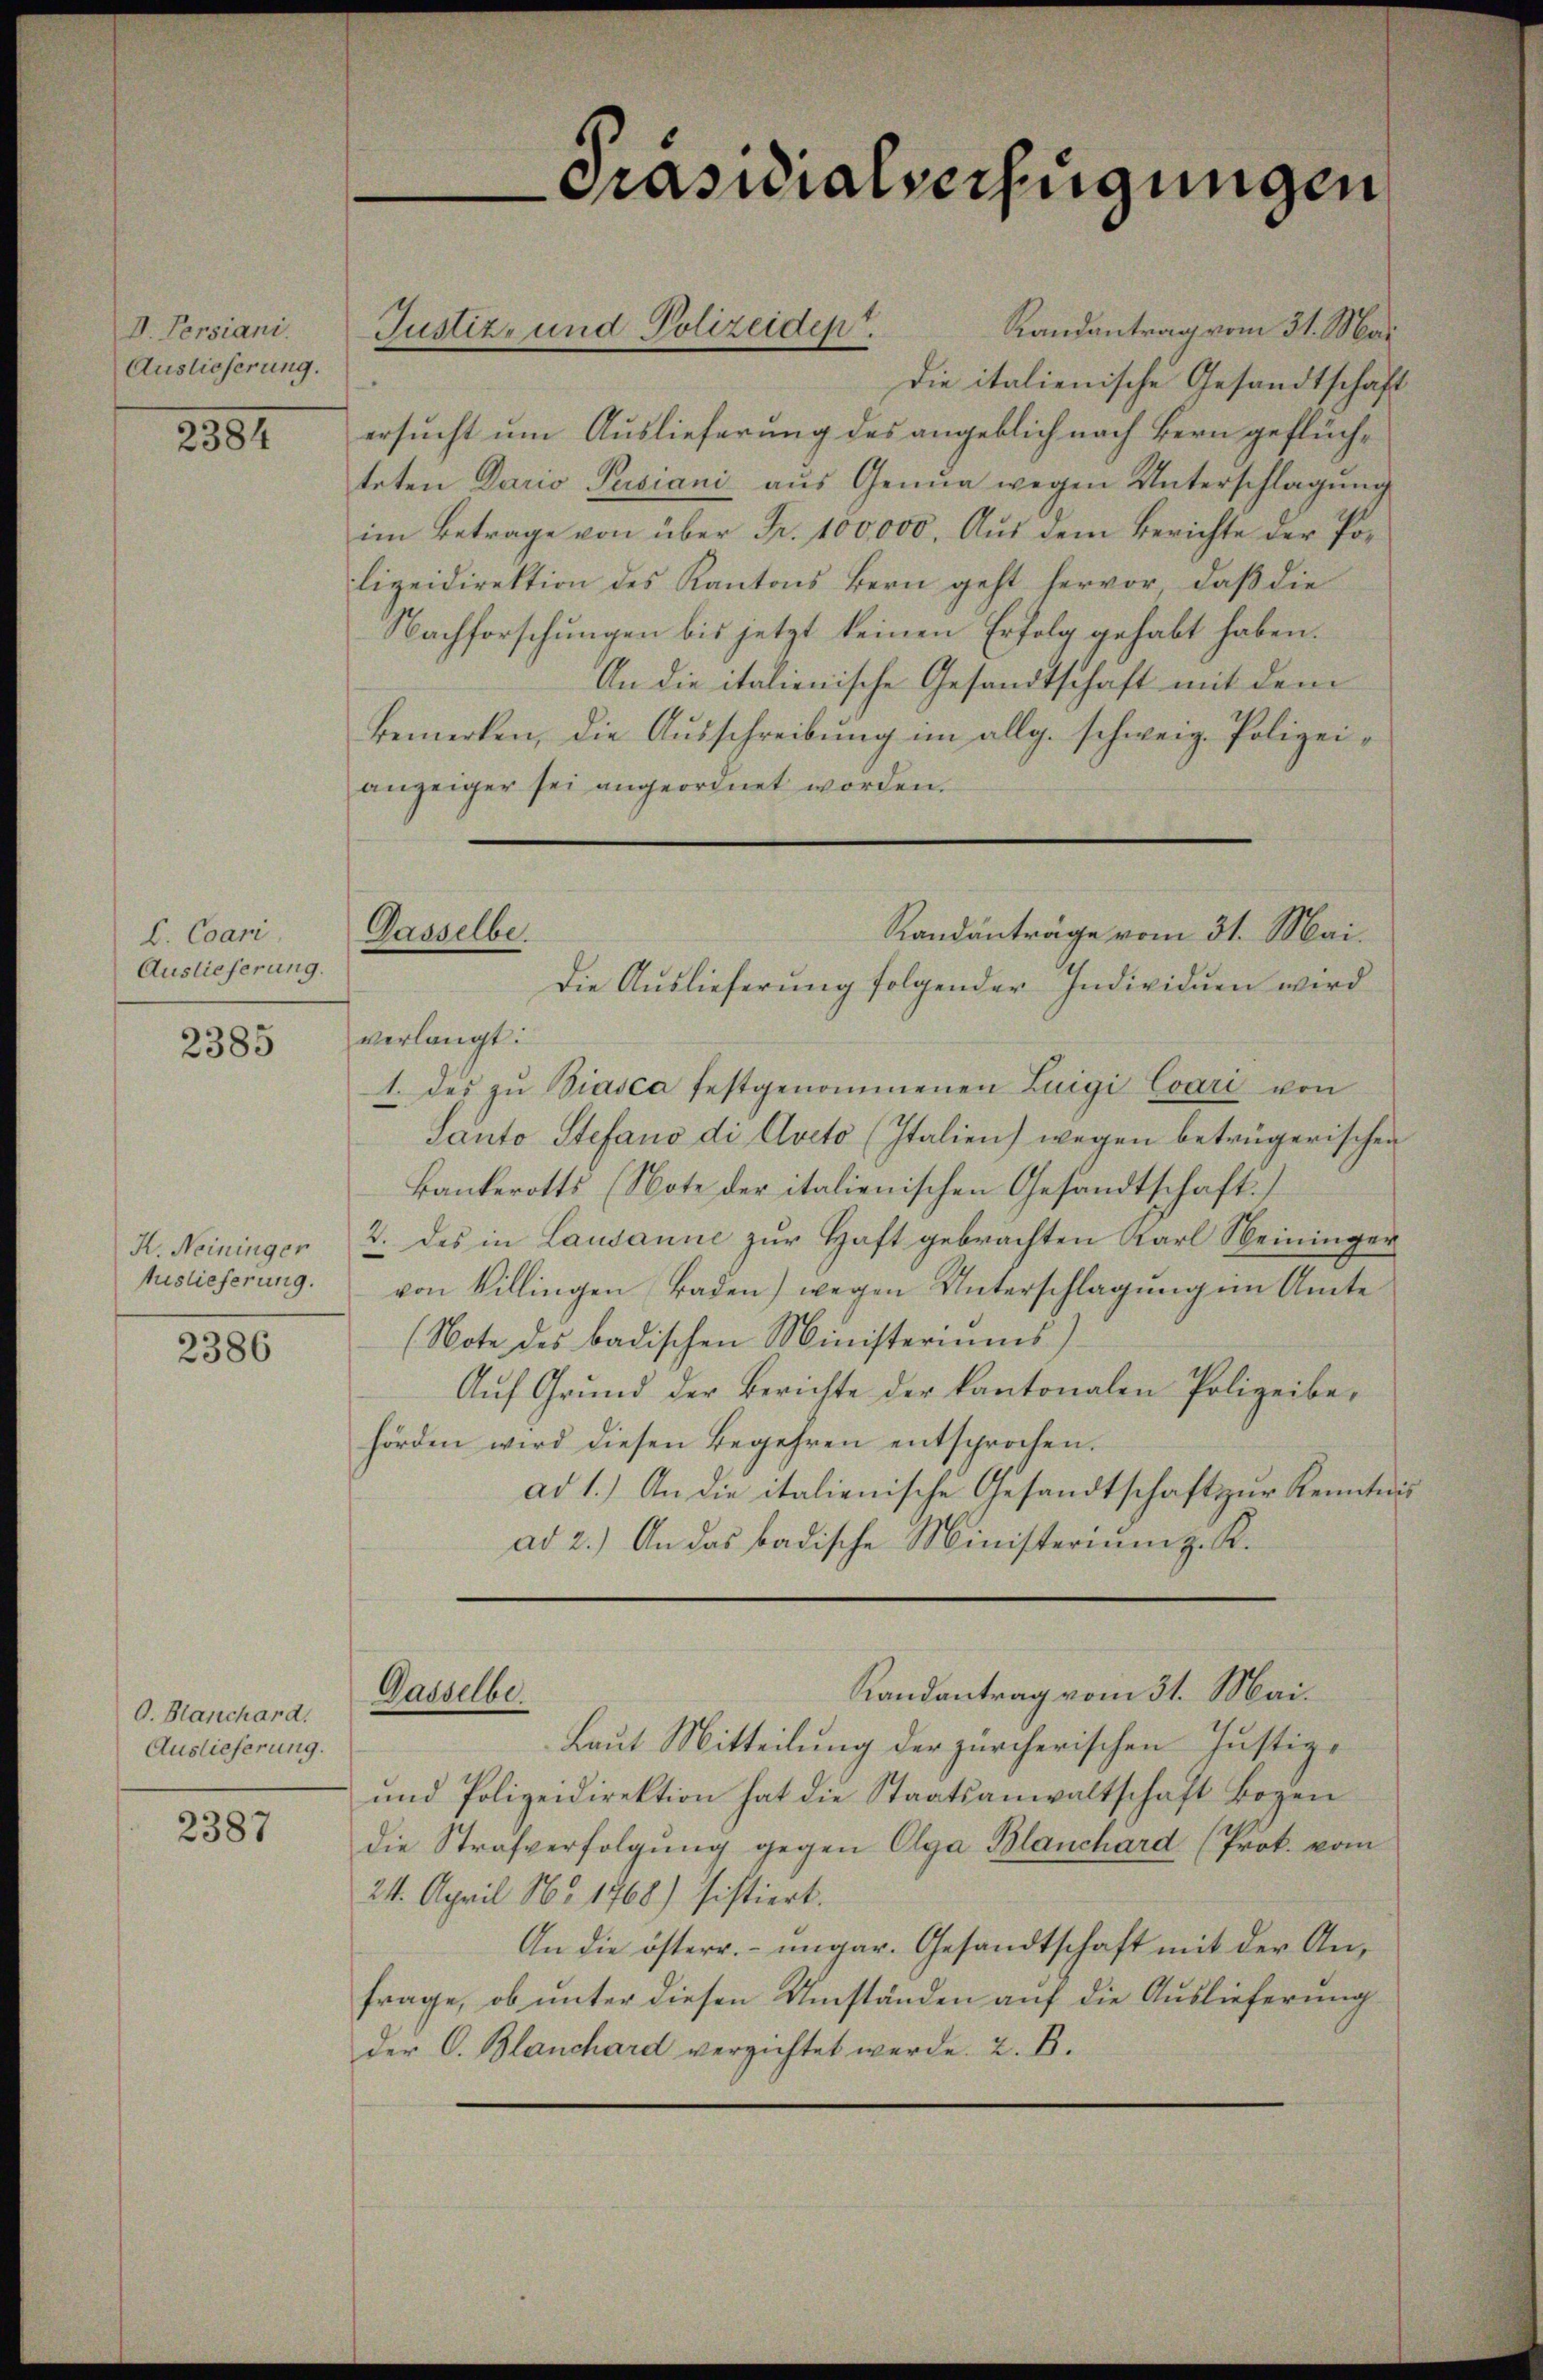
V. Persiani.
Auslieferung.

2384

b. Coari.
Auslieferung.

2385

K. Neininger
Auslieferung.

2386

O. Hanchard.
Auslieferung.

2387

Randantrag vom 31. Mai
Die italienische Gesandtschaft
ersucht um Auslieferung des angeblich nach Bern geflüchteten Dario Pusiani aus Genua wegen Unterschlagung
im Betrage von über Fr. 100,000. Aus dem Berichte der Polizeidirektion des Kantons Bern geht hervor, daß die
Nachforschungen bis jetzt keinen Erfolg gehabt haben.
An die italienische Gesandtschaft mit dem
Bemerken, die Ausschreibung im allg. schweiz. Polizeianzeiger sei angeordnet worden.
Die Auslieferung folgender Individuen werd
verlangt:
1. des zŭ Biasca festgenommenen Luigi Cvari von
Santo Stefano di Aveto (Italien) wegen betrügerischen
Bankerotts (Note der italienischen Gesandtschaft.
2. des in Lausanne zur Haft gebrachten Karl Weininger
von Villingen Baden) wegen Unterschlagung im Amte
(Note des badischen Ministeriums
Aŭf Grŭnd der Berichte der kantonalen Polizeibe-
hörden wird diesen Begehren entsprochen.
ad 1.) An die italienische Gesandtschaft zur Kenntni
ad 2.) An das badische Ministerium z. K.
Randantrag vom 31. Mai.
Dasselbe.
Laut Mitteilung der zürcherischen Justiz-
und Polizeidirektion hat die Staatsanwaltschaft Bogen
die Strafverfolgung gegen Olga Blanchard (Prok. vom
24. April No 1768) sistiert.
An die österr. ungar. Gesandtschaft mit der An-
frage, ob unter diesen Umständen auf die Auslieferung
der C. Blanchard verzichtet werde. 2. B.

Justiz- und Polizeiden.

Dasselbe.
Randanträge vom 31. Mai.

Präsidialverfügungen